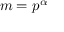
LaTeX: m = p ^ { \alpha }